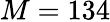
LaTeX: M=134